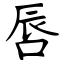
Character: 唇